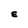
Character: E